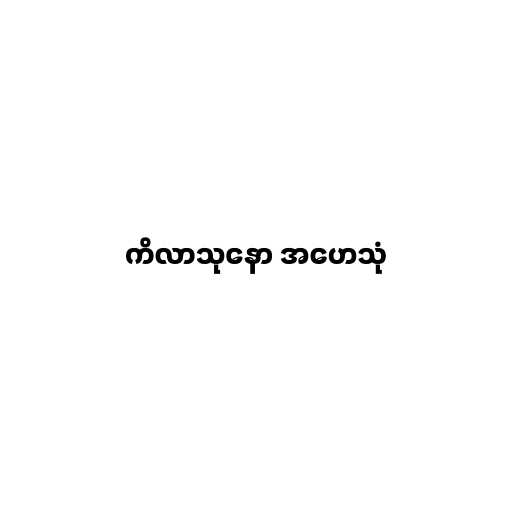
ကိလာသုနော အဟေသုံ